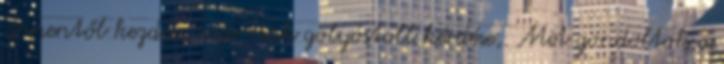
Innentől kezdve, már csak golyóstoll kérdése,. Mit gondoltok a